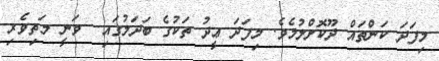
މިފަދަ ކަންތައް ދޫކޮށްލުމެވެ. މިފަދަ ޢީދު ތަކުގެ ބަދަލުގައި  ވަނީ މަތިވެރި